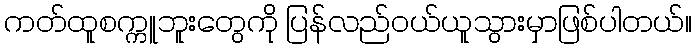
ကတ်ထူစက္ကူဘူးတွေကို ပြန်လည်ဝယ်ယူသွားမှာဖြစ်ပါတယ်။